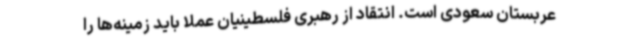
عربستان سعودی است. انتقاد از رهبری فلسطینیان عملا باید زمینه‌ها را